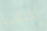
الملكية